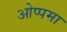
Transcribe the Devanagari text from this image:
ओप्पमा